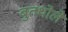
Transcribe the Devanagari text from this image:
बुतथोले